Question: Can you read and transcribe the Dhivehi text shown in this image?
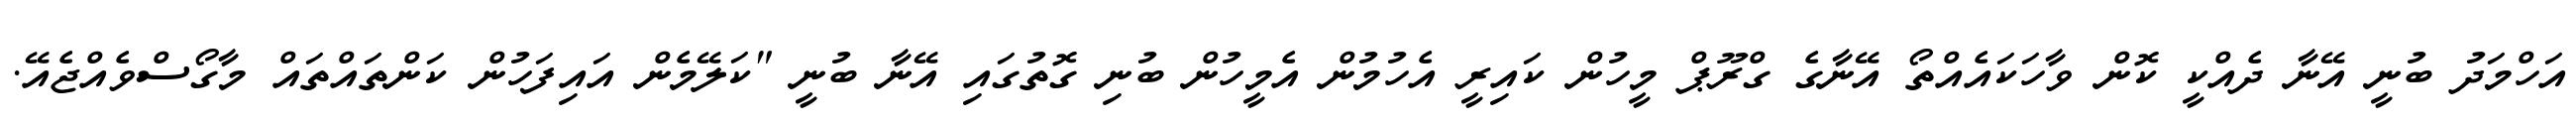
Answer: އަހްމަދު ބުނީ އޭނާ ދެއްކީ ކޮން ވާހަކައެއްތޯ އޭނާގެ ގްރޫޕް މީހުން ކައިރީ އެހުމުން އެމީހުން ބުނި ގޮތުގައި އޭނާ ބުނީ "ކަލޭމެން އައިފަހުން ކަންތައްތައް މާގޯސްވެއްޖެއޭ.